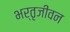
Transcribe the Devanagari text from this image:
भर्तृजीवन